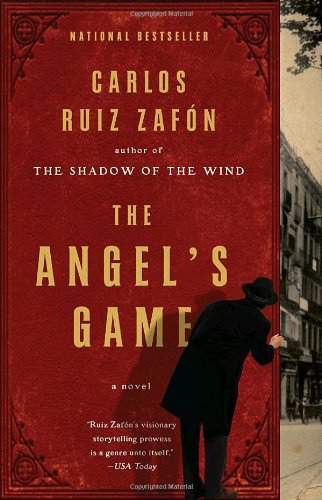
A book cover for The Angel's Game; Carlos Ruiz Zafon; Literature & Fiction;